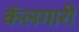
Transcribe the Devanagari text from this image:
कॅलगारी